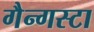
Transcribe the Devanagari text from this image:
गैन्गस्टा